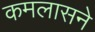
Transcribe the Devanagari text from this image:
कमलासने